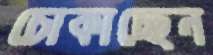
চোকাচ্ছেন